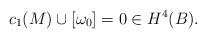
LaTeX: \begin{align*}c_1(M)\cup[\omega_0]=0\in H^4(B).\end{align*}